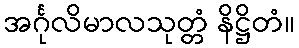
အင်္ဂုလိမာလသုတ္တံ နိဋ္ဌိတံ။